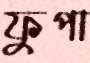
ফুপা